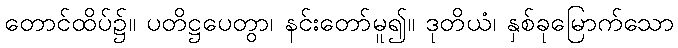
တောင်ထိပ်၌။ ပတိဋ္ဌပေတွာ၊ နင်းတော်မူ၍။ ဒုတိယံ၊ နှစ်ခုမြောက်သော